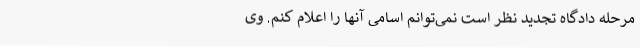
مرحله دادگاه تجدید نظر است نمی‌توانم اسامی آنها را اعلام کنم. وی